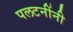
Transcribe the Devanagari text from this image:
पलटनींनी